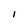
Character: I